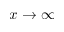
x \to \infty